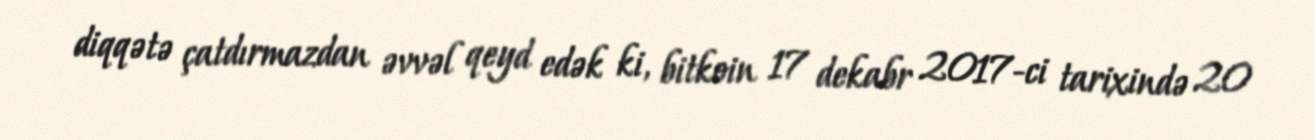
diqqətə çatdırmazdan əvvəl qeyd edək ki, bitkoin 17 dekabr 2017-ci tarixində 20